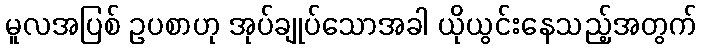
မူလအပြစ် ဥပစာဟု အုပ်ချုပ်သောအခါ ယိုယွင်းနေသည့်အတွက်